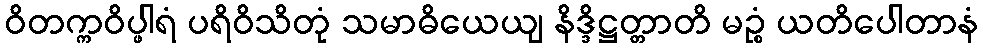
ဝိတက္ကဝိပ္ဖါရံ ပရိဝိသိတုံ သမာဓိယေယျ နိဒ္ဒိဋ္ဌတ္တာတိ မဉ္စံ ယတိပေါတာနံ